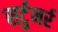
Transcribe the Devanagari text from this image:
सर्टुनर्र